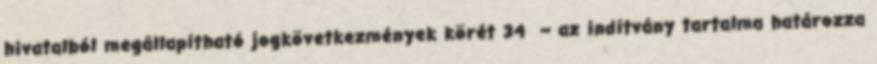
hivatalból megállapítható jogkövetkezmények körét 34 – az indítvány tartalma határozza